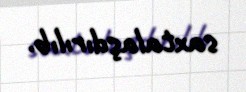
saxtalaşdırılıb.